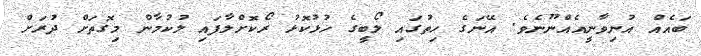
ބައެއް އުނިވާނީއެއްނޫނެވެ. އޭނަގެ ހިތުގައި ލޯބީގެ ހުޅުކޮޅު ރޯކޮށްލާފައި ލުކުމާން މިގޮތަށް ދުރަށް